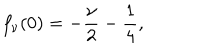
LaTeX: f _ { \nu } ( 0 ) = - \frac \nu 2 - \frac 1 4 ,